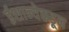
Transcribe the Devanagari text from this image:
ईशान्येकडून